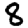
Digit: 8